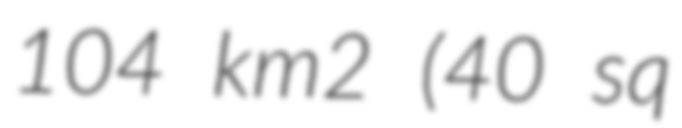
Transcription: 104 km2 (40 sq